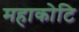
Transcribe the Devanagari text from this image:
महाकोटि